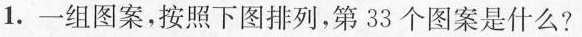
1.一组图案，按照下图排列，第33个图案是什么?